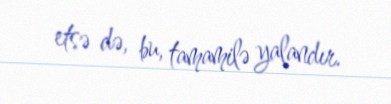
etsə də, bu, tamamilə yalandır.